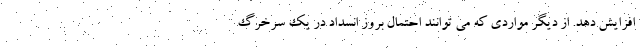
افزایش دهد. از دیگر مواردی که می توانند احتمال بروز انسداد در یک سرخرگ